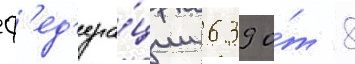
ф'ед'ера́ции 639 о́т 8